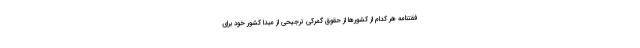
فقتنامه هر کدام از کشورها از حقوق گمرکی ترجیحی از مبدا کشور خود برای